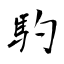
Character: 馰